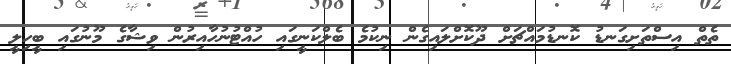
ތެތް އިސްތަށިގަނޑު ކޮނޑުމައްޗަށް ދޫކޮށްލައިގެން ނިކުމެ ބެލްކަނީގައި ހުއްޓުނުހާއިރުން ވިޝާގެ މޫނުގައި ބީހިލީ